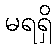
မရရှိ